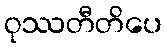
ဝုဿတီတိပေ